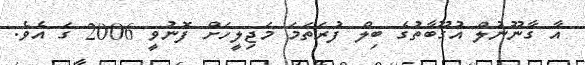
އާ ގާނޫނުލް އުގޫބާތުގެ ބިލް ފުރަތަމަ މަޖިލީހަށް ފޮނުވީ 2006 ގަ އެވެ.